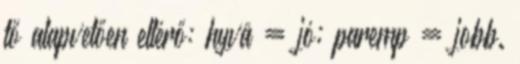
tő alapvetően eltérő: hyvä = jó; paremp = jobb.